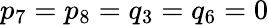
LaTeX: p_{7}=p_{8}=q_{3}=q_{6}=0